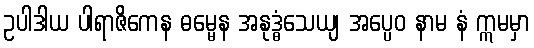
ဥပါဒါယ ပါရာဇိကေန ဓမ္မေန အနုဒ္ဓံသေယျ အပ္ပေဝ နာမ နံ ဣမမှာ